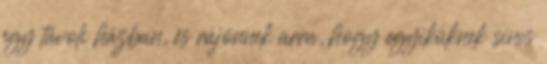
egy távoli házban, és rájönnek arra, hogy egyiküknek sincs